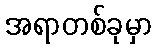
အရာတစ်ခုမှာ